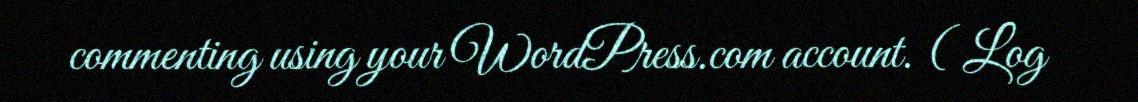
commenting using your WordPress.com account. ( Log